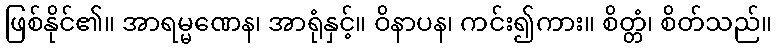
ဖြစ်နိုင်၏။ အာရမ္မဏေန၊ အာရုံနှင့်။ ဝိနာပန၊ ကင်း၍ကား။ စိတ္တံ၊ စိတ်သည်။